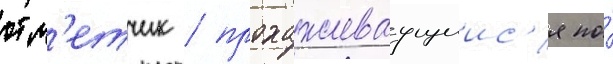
отм'етчик / прохаживаущиис'я по́